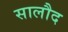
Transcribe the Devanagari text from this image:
सालौद